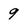
Character: 9